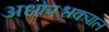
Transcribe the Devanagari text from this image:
अधोपश्चकपाल